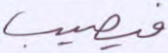
فيصيب